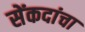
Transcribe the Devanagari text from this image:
सेंकदांचा